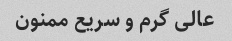
عالی گرم و سریع ممنون